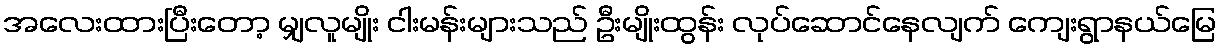
အလေးထားပြီးတော့ မျှလူမျိုး ငါးမန်းများသည် ဦးမျိုးထွန်း လုပ်ဆောင်နေလျက် ကျေးရွာနယ်မြေ